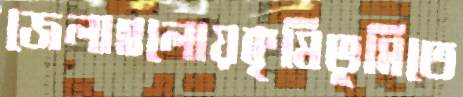
জেলাগুলোয়কৃষিভূমিতে